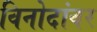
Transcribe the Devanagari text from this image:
विनोदांवर